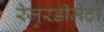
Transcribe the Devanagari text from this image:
रेजुरडीमेंटो